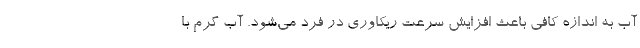
آب به اندازه کافی باعث افزایش سرعت ریکاوری در فرد می‌شود. آب گرم با